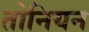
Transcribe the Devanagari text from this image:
तोनियन